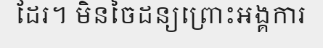
ដែរ។ មិនចៃដន្យព្រោះអង្គការ